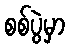
စစ်ပွဲမှာ